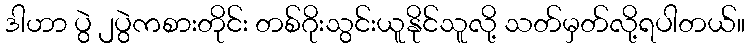
ဒါဟာ ပွဲ ၂ပွဲကစားတိုင်း တစ်ဂိုးသွင်းယူနိုင်သူလို့ သတ်မှတ်လို့ရပါတယ်။